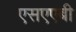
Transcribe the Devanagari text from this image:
एसएएबी